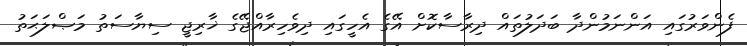
ފެންވަރުގައި އަންނަމުންދާ ބަދަލުތައް ދިރާސާކޮށް އޭގެ އެހީގައި ދިވެހިރާއްޖޭގެ ޚާރިޖީ ސިޔާސަތު މަޞްލަޙަތު